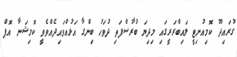
ގުރައިދޫ ކޮމިއުނިޓީ ލައިބްރަރީގައި މިދިޔަ ބުރާސްފަތި ދުވަހު ބިންގާ އަޅުއްވައިދެއްވެވީ ކޮމިޝަނާ އޮފް